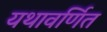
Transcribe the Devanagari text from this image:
यथावर्णित